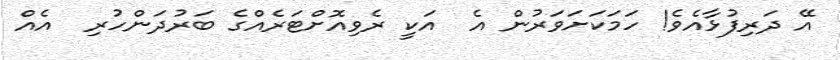
އޭ ދަރިފުޅާއެވެ! ހަމަކަށަވަރުން އެ  އަކީ ރެވިއޮށްޓަރެއްގެ ބަރުދަންހުރި  އެއް